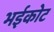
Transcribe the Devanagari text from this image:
भईकोट